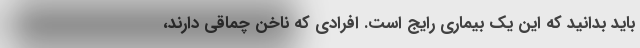
باید بدانید که این یک بیماری رایج است. افرادی که ناخن چماقی دارند،